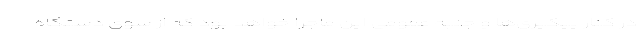
در کنار پیگیری‌ها و جنبه عمومی این ماجرا خواهد بود که از سوی دستگاه